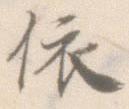
依